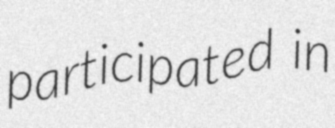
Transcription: participated in